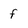
Character: f